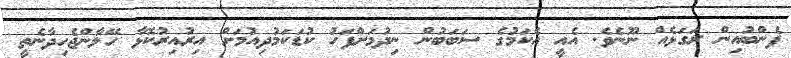
ފެންބުއިން ރަގަޅެއް ނޫނެވެ. އެއީ އެކަމުގެ ސަބަބުން ނިދުމަށްފަހު ކުޑަކަމުދިއުމަށް އިރުއިރުކޮޅާ ހޭލާންޖެހިދާނެތީ